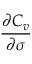
\frac { \partial C _ { v } } { \partial \sigma }